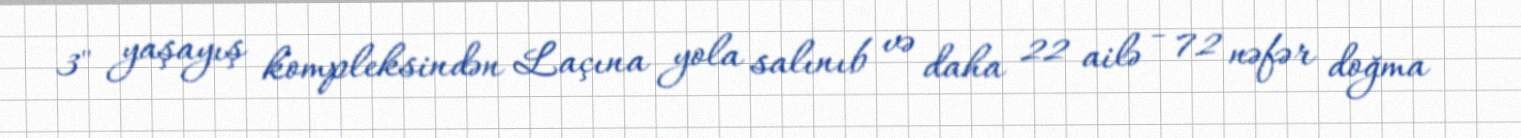
3" yaşayış kompleksindən Laçına yola salınıb və daha 22 ailə - 72 nəfər doğma